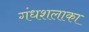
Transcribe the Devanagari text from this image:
गंधशलाका